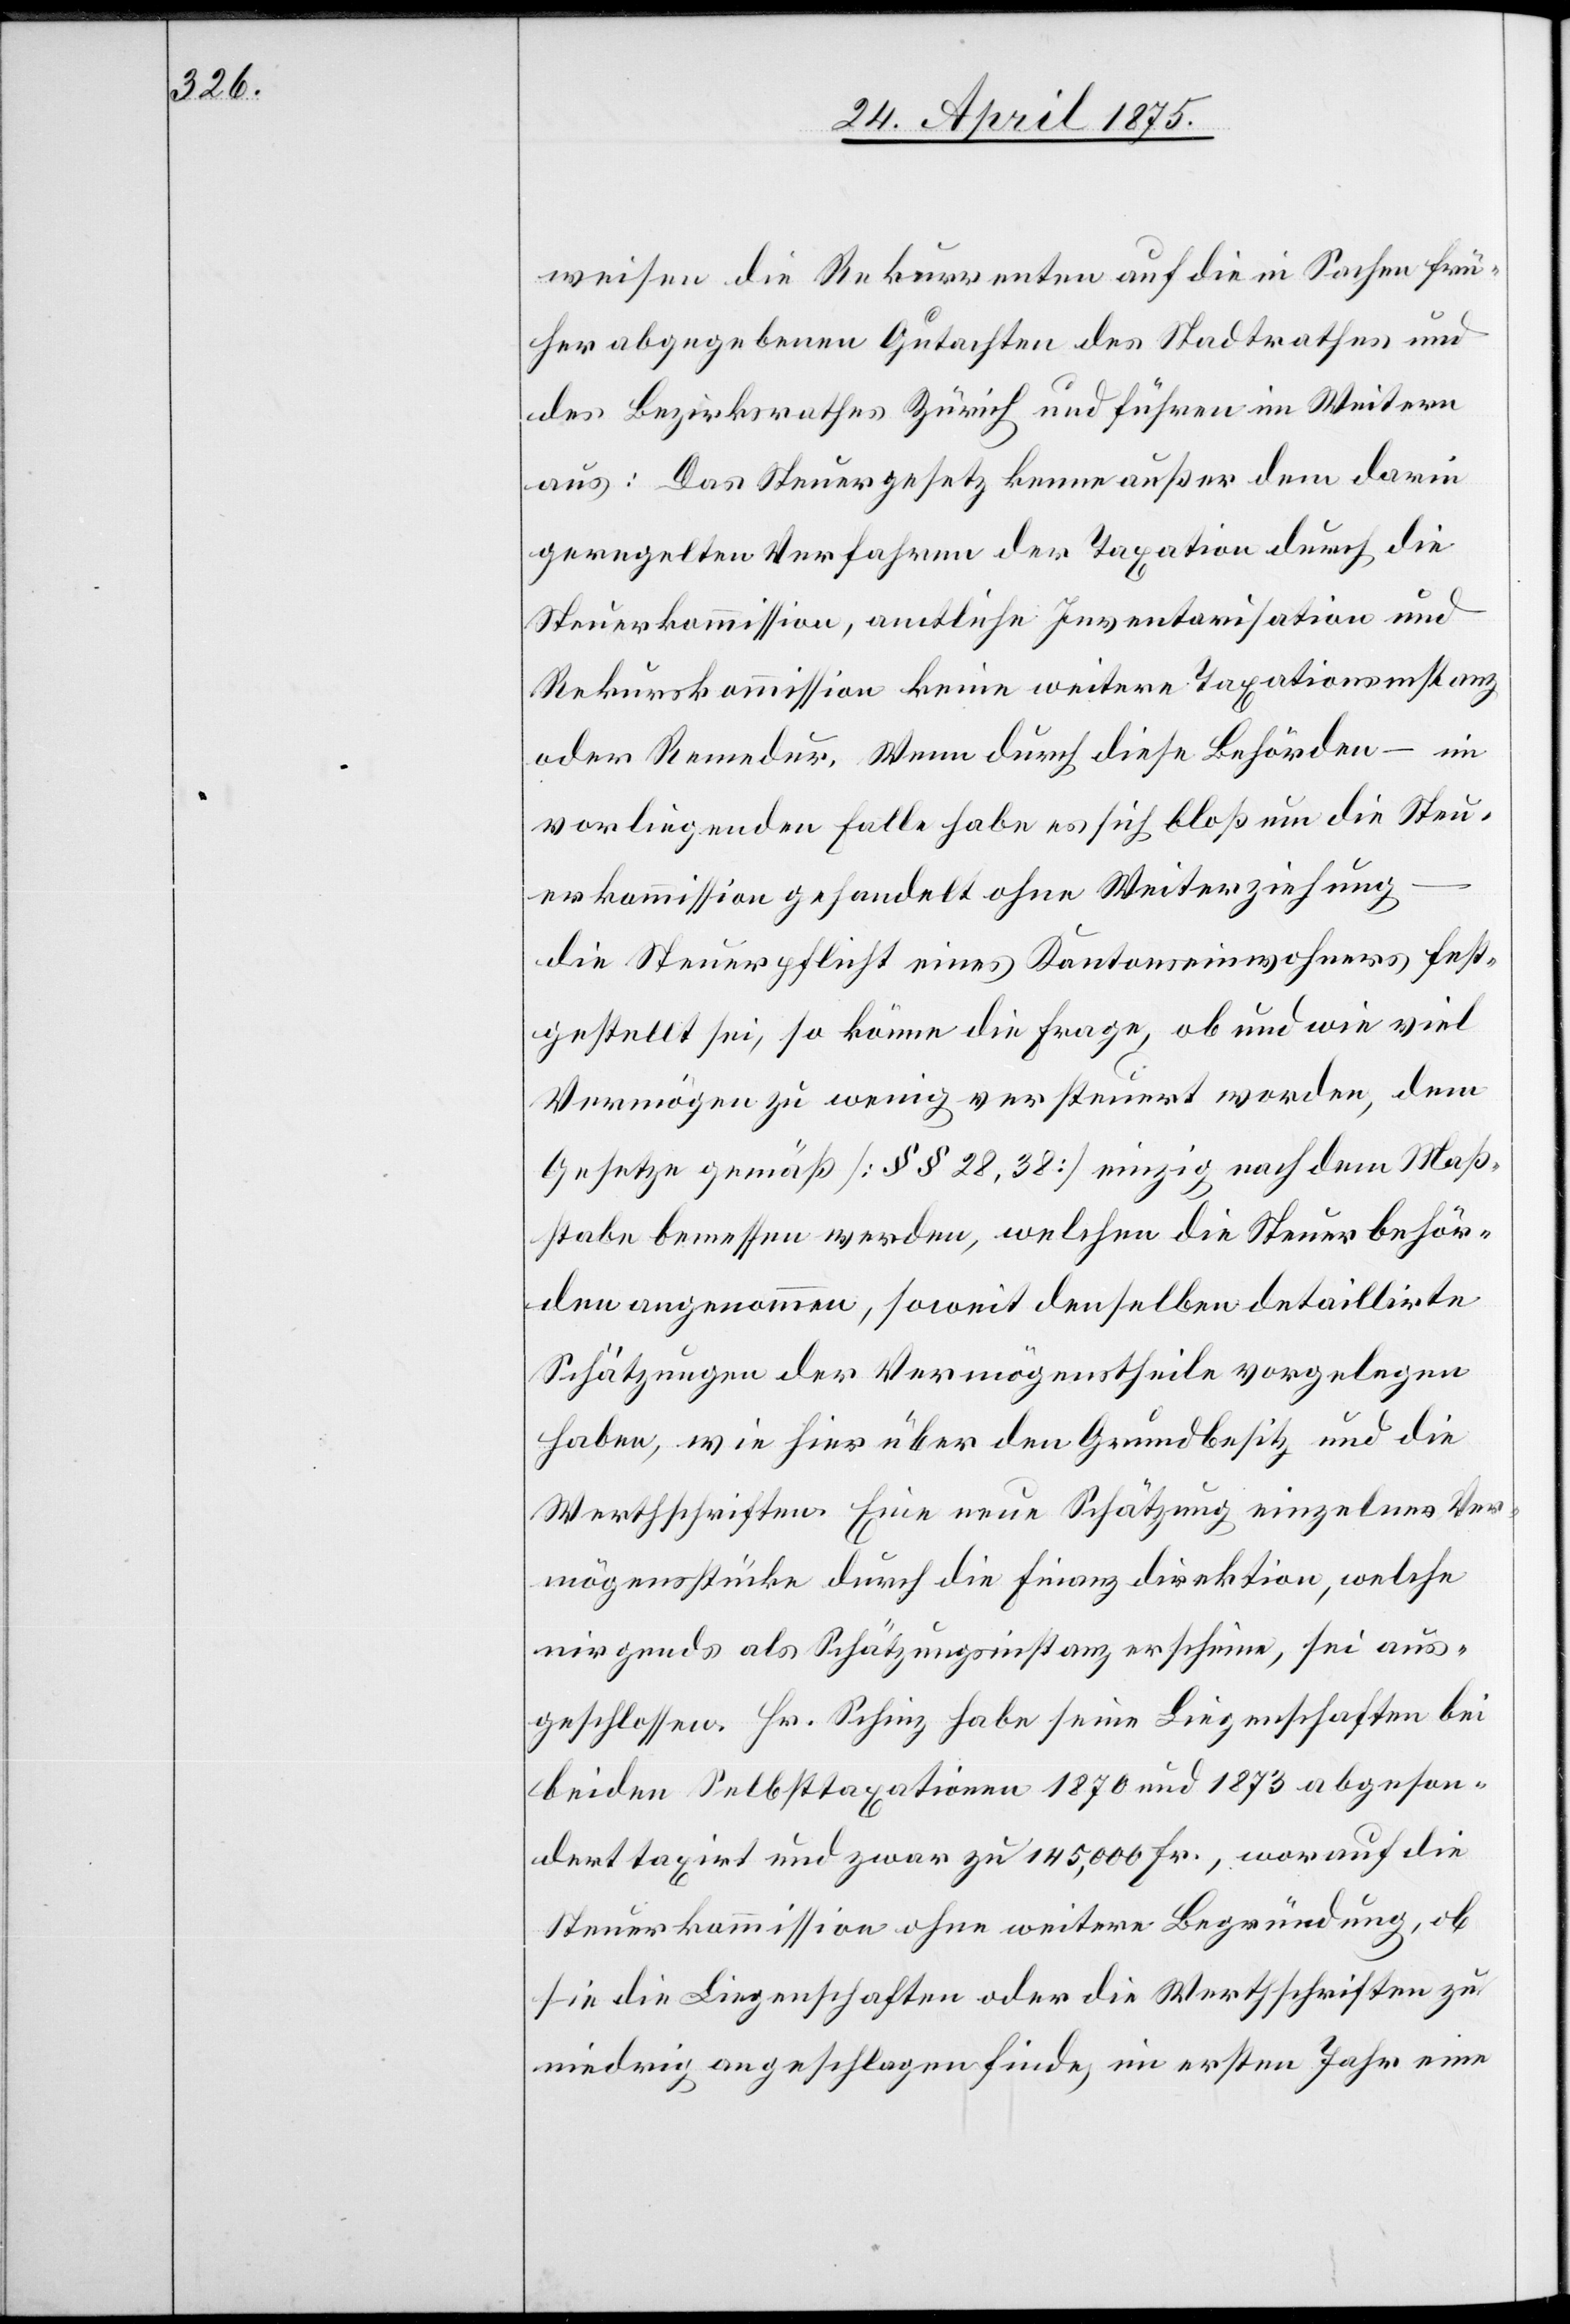
weisen die Rekurrenten auf die in Sachen frü¬
her abgegebenen Gutachten des Stadtrathes und
des Bezirksrathes Zürich und führen im Weitern
aus: Das Steuergesetz nenne außer dem darin
geregelten Verfahren der Taxation durch die
Steuerkommission, amtliche Inventarisation und
Rekurskommission keine weitere Taxationsinstanz
oder Remedur. Wenn durch diese Behörden – im
vorliegenden Falle habe es sich bloß um die Steu¬
erkommission gehandelt ohne Weiterziehung
die Steuerpflicht eines Kantonseinwohners fest¬
gestellt sei, so könne die Frage, ob und wie viel
Vermögen zu wenig versteuert worden, dem
Gesetze gemäß [§§ 28, 38] einzig nach dem Maß¬
stabe bemessen werden, welchen die Steuerbehör¬
de angenommen, soweit denselben detaillirte
Schätzungen der Vermögenstheile vorgelegen
haben, wie hier über den Grundbesitz und die
Werthschriften. Eine neue Schätzung einzelner Ver¬
mögenstücke durch die Finanzdirektion, welche
nirgends als Schätzungsinstanz erscheine, sei aus¬
geschlossen. Hr. Schinz habe seine Liegenschaften bei
beiden Selbsttaxationen 1870 und 1873 abgeson¬
dert taxirt und zwar zu 145,000 Fr., worauf die
Steuerkommission ohne weitere Begründung, ob
sie die Liegenschaften oder die Werthschriften zu
niedrig angeschlagen finde, im ersten Jahr eine